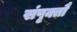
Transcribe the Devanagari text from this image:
संपृक्तौ